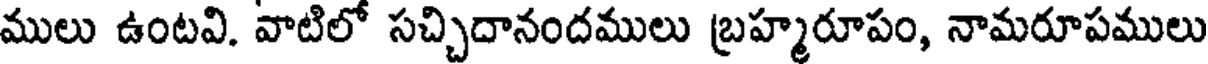
ములు ఉంటవి. వాటిలో సచ్చిదానందములు బ్రహ్మరూపం, నామరూపములు